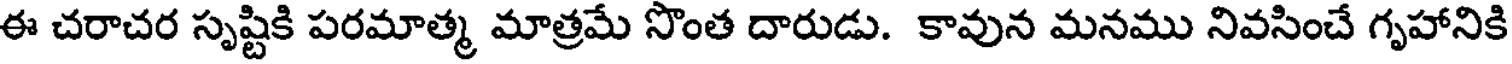
ఈ చరాచర సృష్టికి పరమాత్మ మాత్రమే సొంత దారుడు. కావున మనము నివసించే గృహానికి